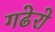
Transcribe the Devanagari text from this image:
गढेरो